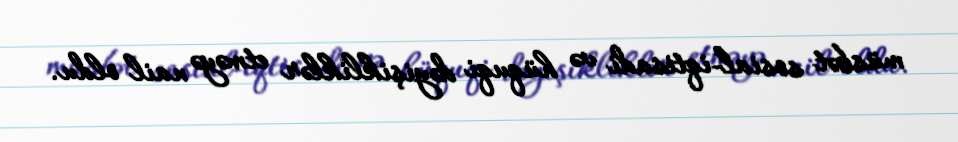
müsbət sosial-iqtisadi və hüquqi dəyişikliklər etməyə nail oldu.